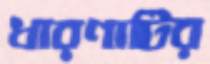
ধারণাটির